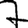
Digit: 7